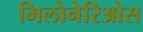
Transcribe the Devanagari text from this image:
मिलोनेरिओस